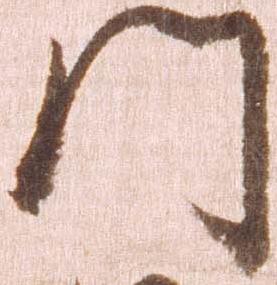
門